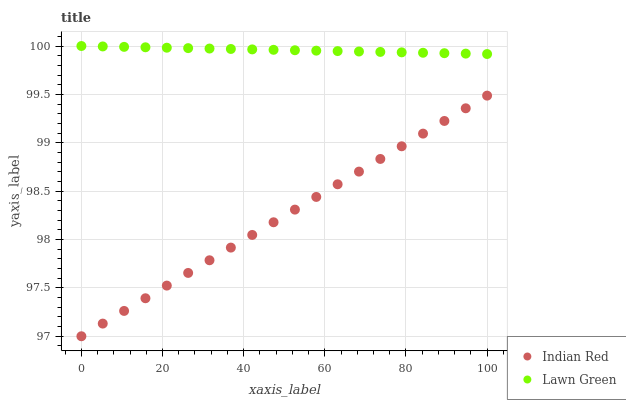
| xaxis_label | Indian Red | Lawn Green |
 | --- | --- | --- |
 | 0 | 97 | 100 |
 | 5.26 | 97.1 | 100 |
 | 10.5 | 97.3 | 100 |
 | 15.8 | 97.4 | 100 |
 | 21.1 | 97.5 | 100 |
 | 26.3 | 97.7 | 100 |
 | 31.6 | 97.8 | 100 |
 | 36.8 | 97.9 | 100 |
 | 42.1 | 98 | 100 |
 | 47.4 | 98.2 | 100 |
 | 52.6 | 98.3 | 100 |
 | 57.9 | 98.4 | 100 |
 | 63.2 | 98.6 | 99.9 |
 | 68.4 | 98.7 | 99.9 |
 | 73.7 | 98.8 | 99.9 |
 | 78.9 | 99 | 99.9 |
 | 84.2 | 99.1 | 99.9 |
 | 89.5 | 99.2 | 99.9 |
 | 94.7 | 99.4 | 99.9 |
 | 100 | 99.5 | 99.9 |